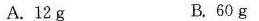
A.12g B.60g